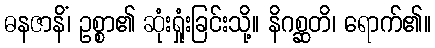
ဓနဇာနိံ၊ ဥစ္စာ၏ ဆုံးရှုံးခြင်းသို့။ နိဂစ္ဆတိ၊ ရောက်၏။